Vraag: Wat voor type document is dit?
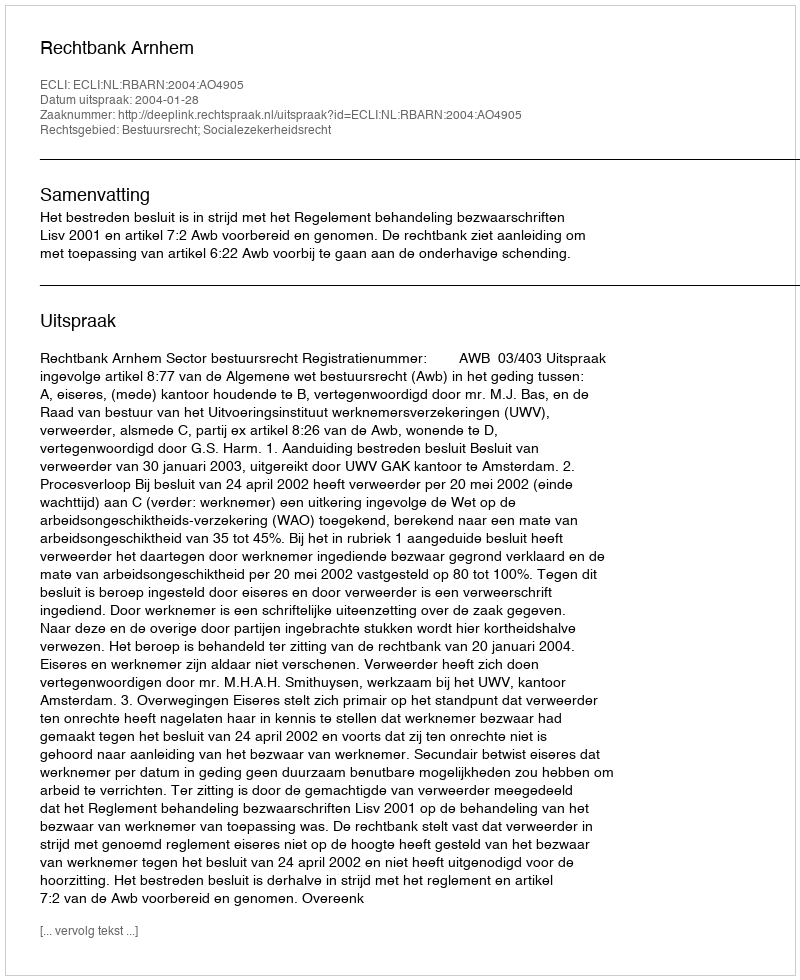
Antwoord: Uitspraak